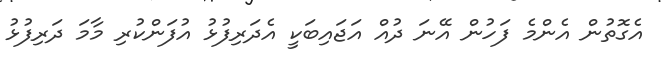
އެގޮތުން އެންމެ ފަހުން އޭނަ ދުއް އަޖައިބަކީ އެދަރިފުޅު އުފަންކުރި މާމަ ދަރިފުޅު